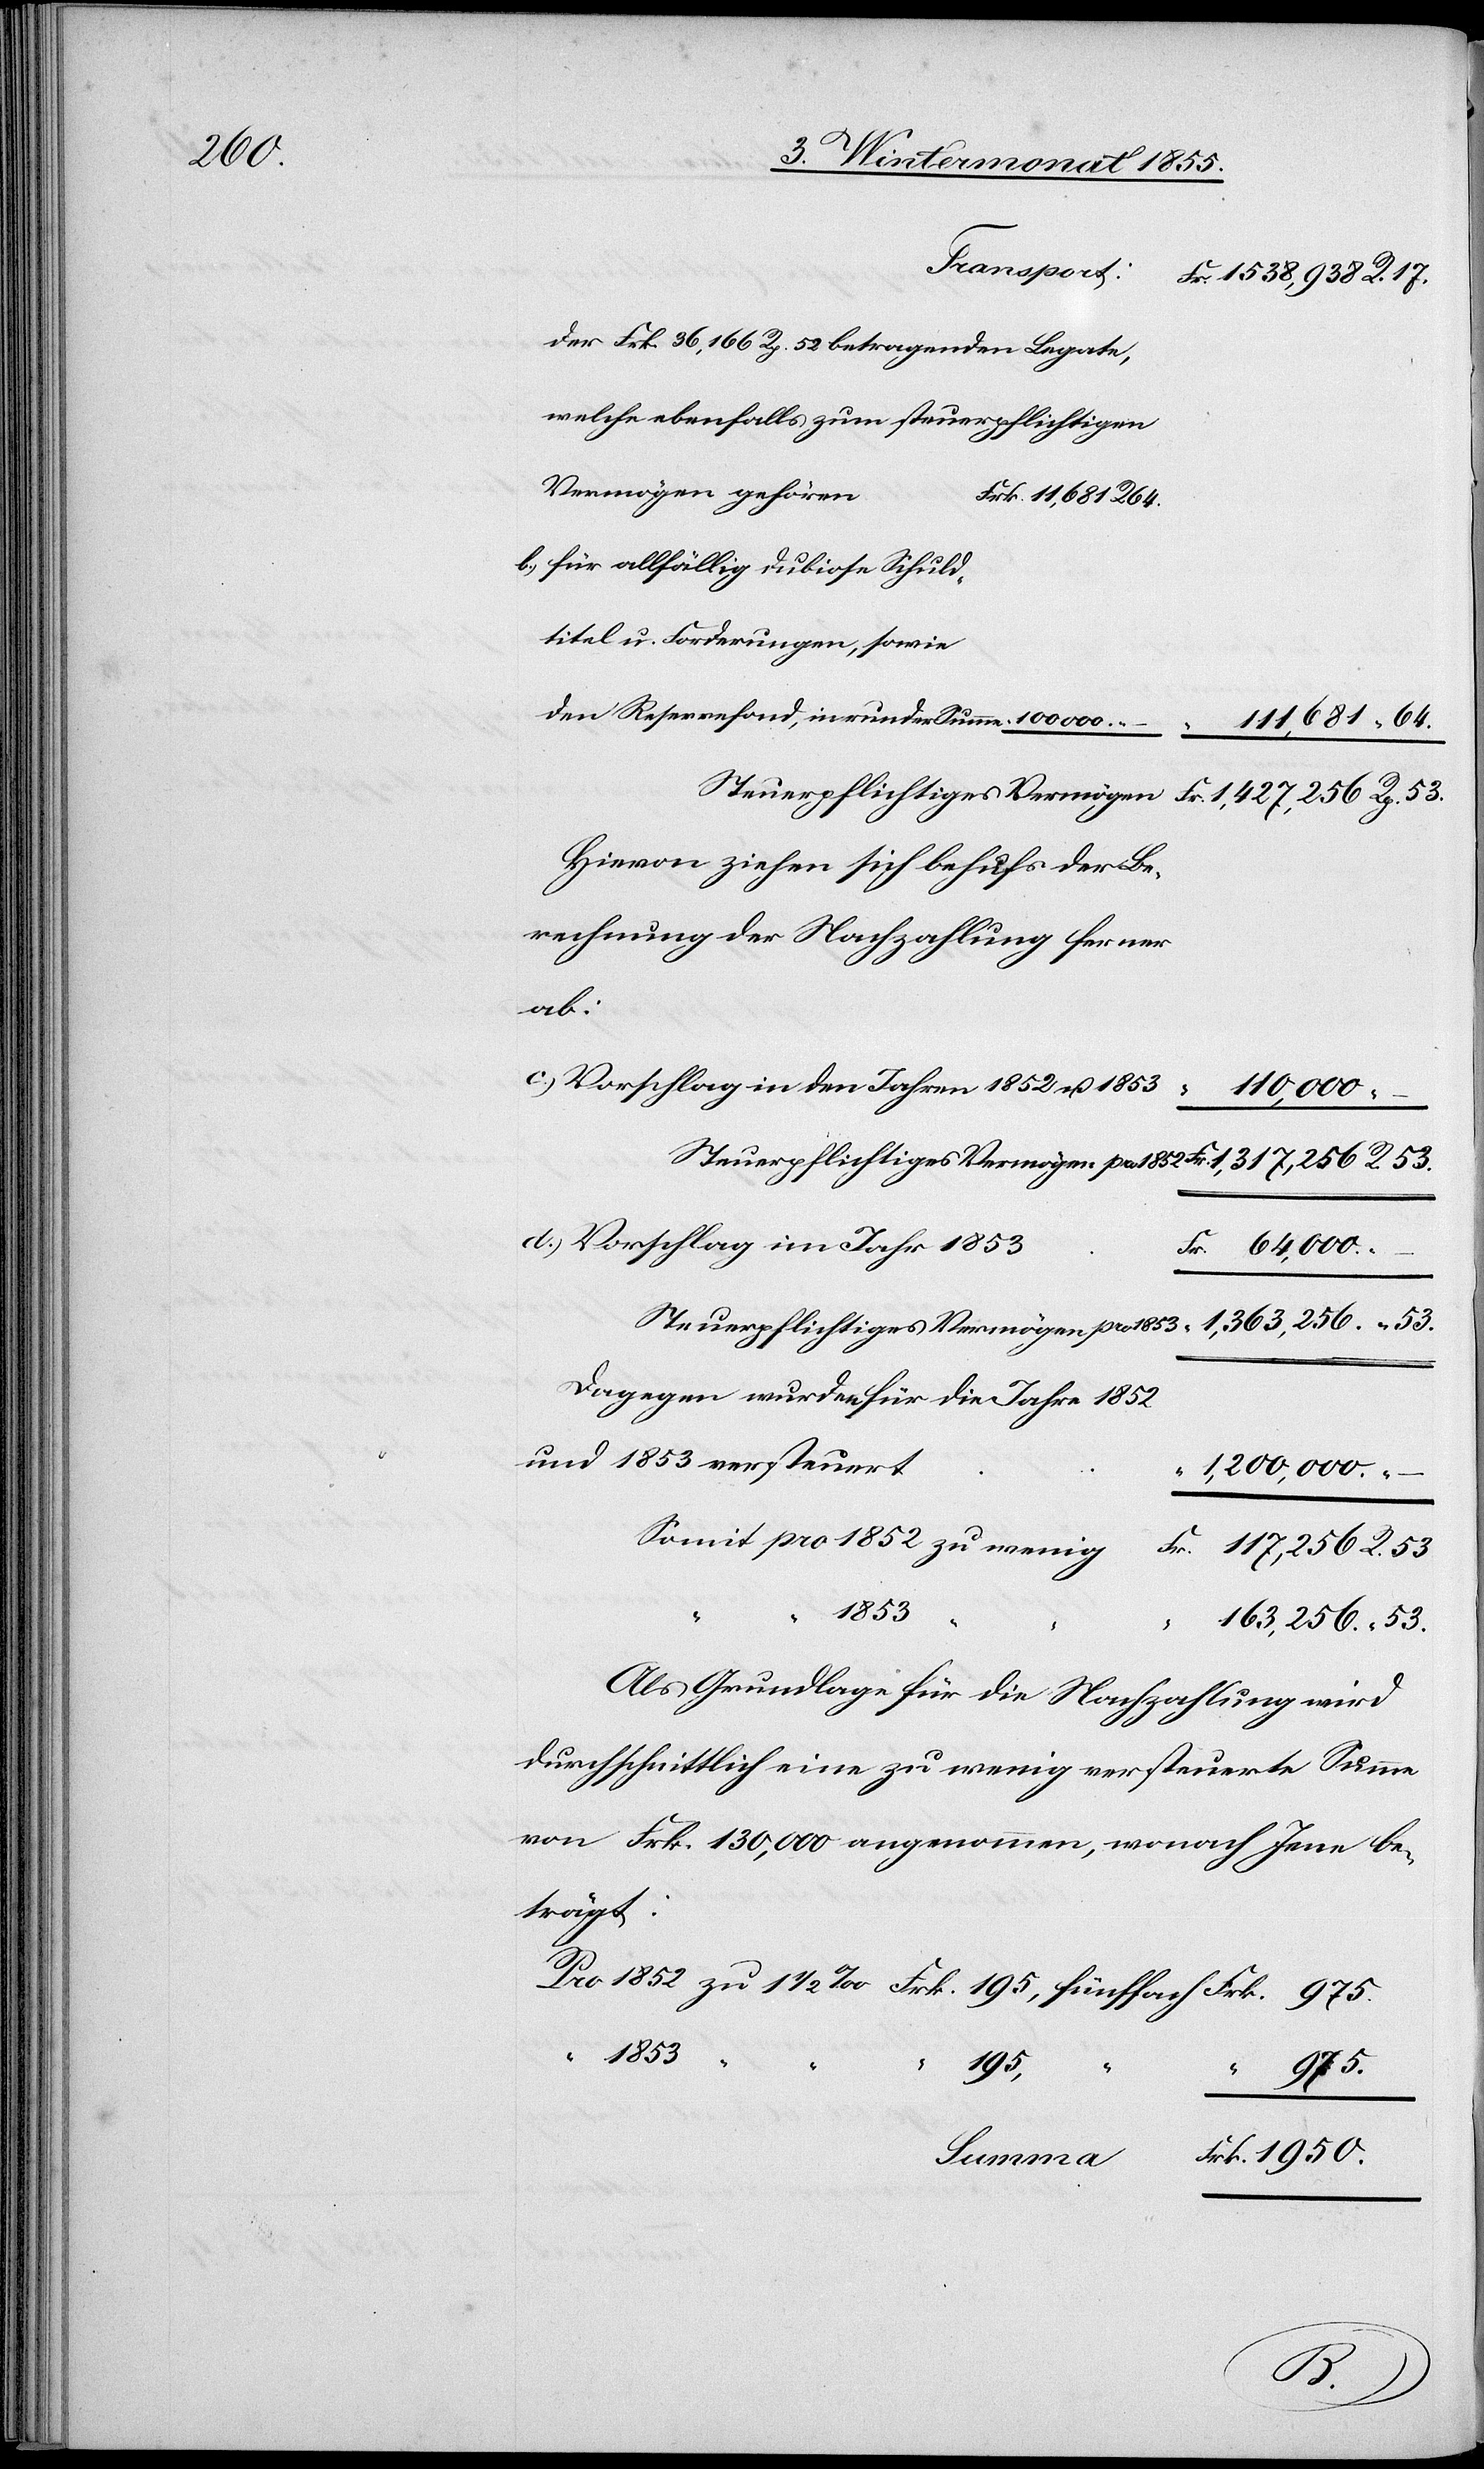
der Frk. 36,166 Rp. 52 betragenden Legate,
welche ebenfalls zum steuerpflichtigen
Vermögen gehören.
Frk. 11,681 R. 64.
für allfällig dubiose Schuld¬
titel u. Forderungen, sowie
den Reservefond, in runder Summe
111,681 “ 64.
Hievon ziehen sich behufs der Be¬
rechnung der Nachzahlung ferner
ab:
Vorschlag in den Jahren 1852 u. 1853
110,000
Vorschlag im Jahr 1853
53
Fr. 64,000. “
1,363,256. “ 53.
Steuerpflichtiges Vermögen pro
Dagegen wurden für die Jahre 1852
und 1853 versteuert
“ 1,200,000. “ –
1853
Frk.
163,256. “ 53.
Als Grundlage für die Nachzahlung wird
durchschnittlich eine zu wenig versteuerte Summe
von Frk. 130,000 angenommen, wonach Jene be¬
trägt:
1950.
R.